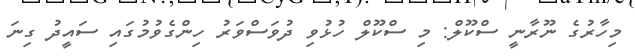
މިހާރުގެ ނޫރާނީ ސްކޫލް: މި ސްކޫލް ހުޅުވި ދުވަސްވަރު ހިންގެވުމުގައި ސައީދު ގިނަ